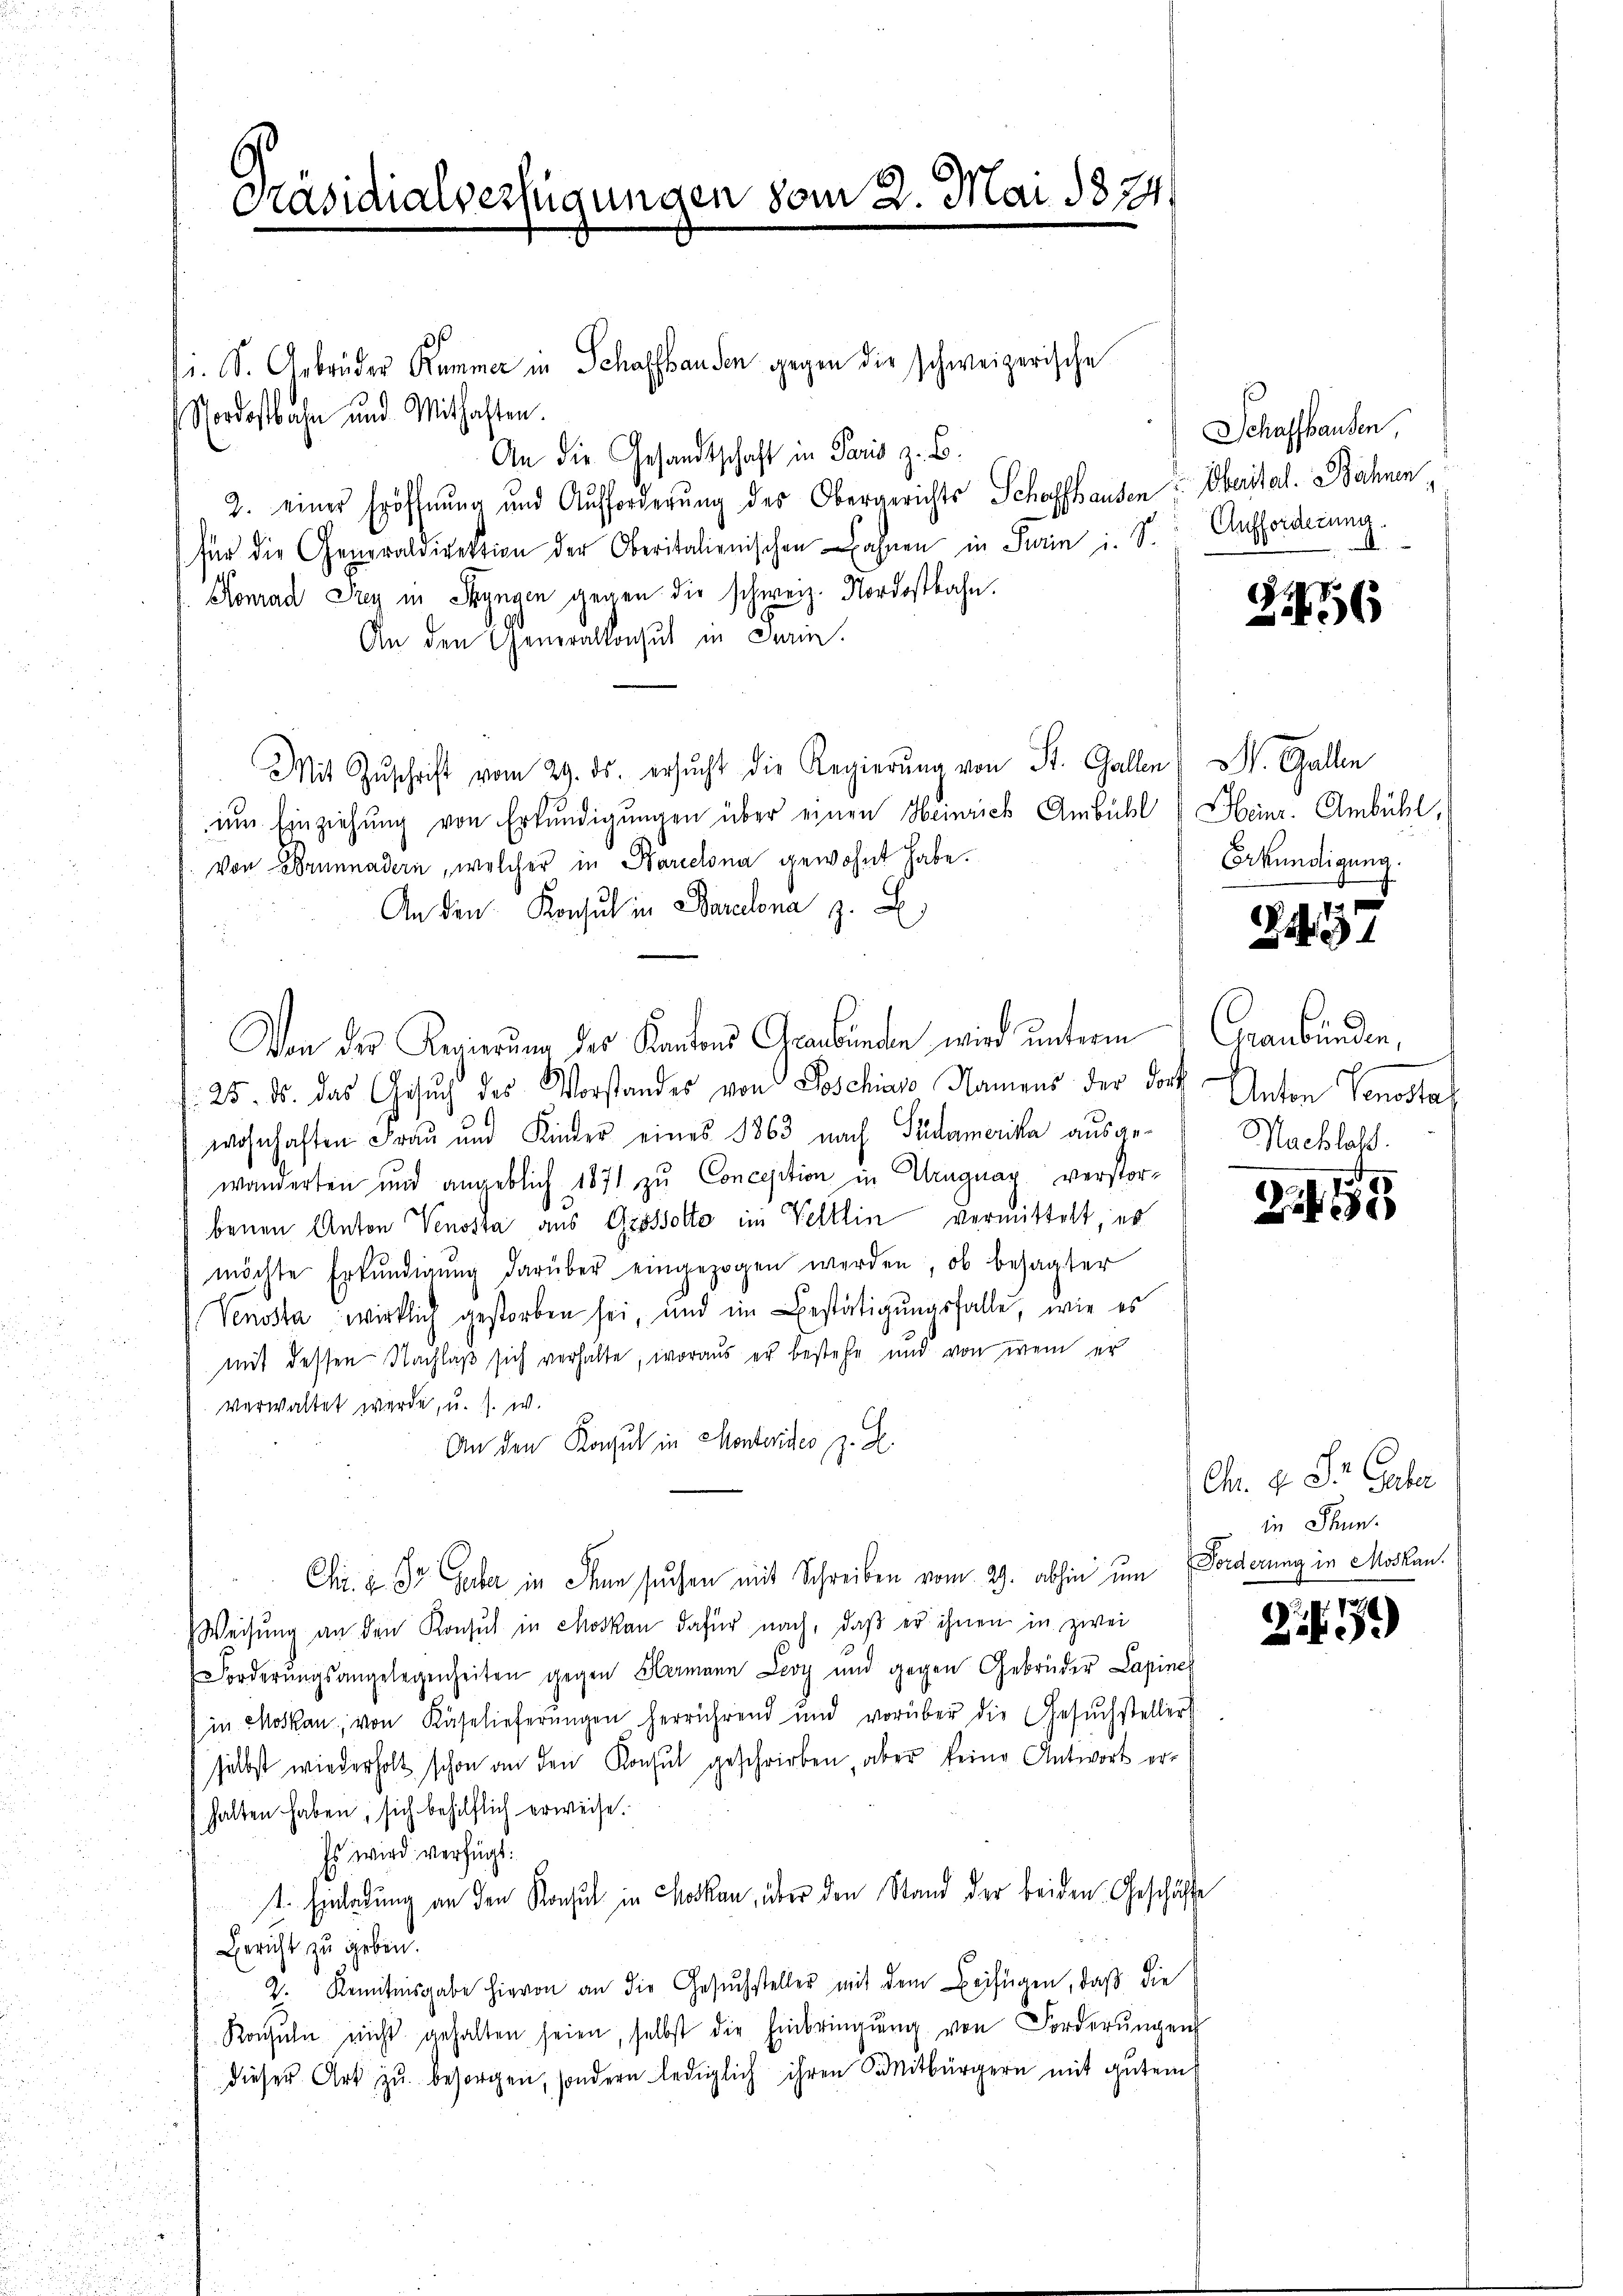
Präsidialverfügungen vom 2. Mai 1874.

i. S. Gebrüder Kammer in Schaffhausen gegen die schweizerische
Nordostbahn und Mithaften.
An die Gesandtschaft in Paris z. B.
2. einer Eröffnung und Aufforderung des Obergerichts Schaffhausen: Oberital. Bahnen
für die Generaldirektion der Oberitalienischen ahnen in Parin i. S. Aufforderung
Konrad Frey in Syngen gegen die schweiz. Nordostbahn.
An den Generalkonsul in darin.
Mit Zŭschrift vom 29. ds. ersŭcht die Regierŭng von St. Gallen. Gallen
im Einziehung von Erkundigungen über einen Heinrich Ambühl Heinr. Ambühl,
von Brunnadern, welcher in Barcelona gewohnt habe.
An den Konsul in Paralona z. B
Von der Regierung des Kantons Graubünden wird unterm
25. ds. das Gesuch des Vorstandes von Poschias Namens der dort
wohnhaften Frau und Kinder eines 1863 nach Südamerika ausgewanderten und angeblich 1871 zu Concepition in Abragnay verstorbenen Anton Venssta aus Grossotto im Veltlin vermittelt, es
möchte Erkŭndigŭng darüber eingezogen werden, ob besagter
Venosta wirklich gestorben sei, und im Bestätigungsfalle, wie es
mit dessen Nachlaß sich verhälte, woraus er bestehe und von wem er
verwaltet werde, u. s. w.
An den Konsul in Monterides z. B.
Chr. à 1r Guber in Ihnen suchen mit Schreiben vom 29. abhin um Forderung in Moskan.
Weisŭng an den Konsul in Moskau dafür nach, daβ er ihnen in zwei
Forderŭngsangelegenheiten gegen Hermann Leoy und gegen Gebrüder Lapines
in Moskau, von Käselieferŭngen herrührend und vorüber die Gesŭchsteller
selbst wiederholt schon an den Konsul geschrieben, aber keine Antwort er-
halten haben, sich behilflich erweise.
Es wird verfügt:
t. Einladung an den Konsul in Moskau, über den Stand der beiden Geschäfte
Bericht zu geben.
2. Renntnisgabe hievon an die Gesŭchsteller mit dem Beifügen, daβ die
Konsuln nicht gehalten seien, selbst die Einbringŭng von Forderŭngen
dieser Art zu besorgen, sondern lediglich ihren Sanitbürgern mit gutem

Schaffhausen
¬

)
56

Erkundigung.

2497

Graubünden,
Anton Tonsstat
Nachlass.

Zif. 185

Chr. f. St. Gaber
in Thun.

2,9
Z.6179